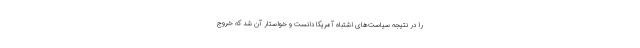
را در نتیجه سیاست‌های اشتباه آمریکا دانست و خواستار آن شد که خروج